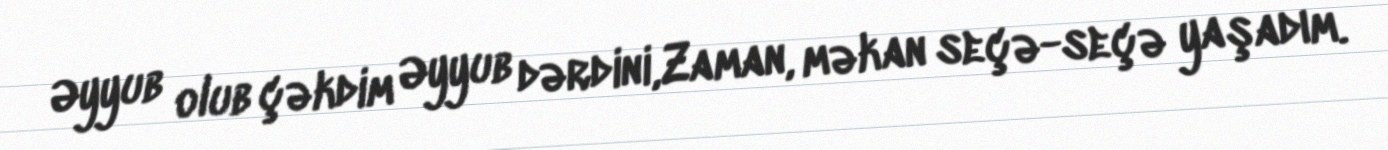
Əyyub olub çəkdim Əyyub dərdini,Zaman, məkan seçə-seçə yaşadım.